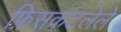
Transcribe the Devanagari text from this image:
फ़िसकटलेले